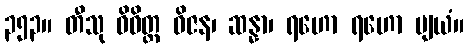
၃၅၃။ တီသု ဝိဝိတ္တ ဝိဇန၊ ဆန္နာ၊ ရဟော ရဟော ဗျယံ။